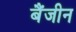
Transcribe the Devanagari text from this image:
बैंजीन